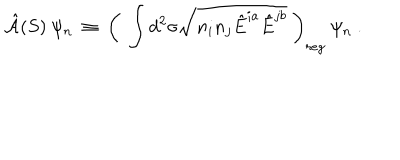
{ \hat { \cal A } } ( S ) ~ \psi _ { n } ~ \equiv ~ \left( ~ \int d ^ { 2 } \sigma \sqrt { n _ { i } n _ { j } { \hat { E } } ^ { i a } { \hat { E } } ^ { j b } } ~ \right) _ { r e g } ~ \psi _ { n } ~ .